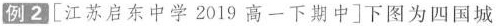
例2 [江苏启东中学2019高一下期中]下图为四国城